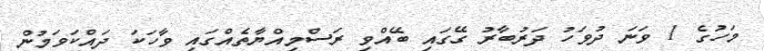
މަހުގެ 1 ވަނަ ދުވަހު ދަރުބާރު ގޭގައި ބޭއްވި ރަސްމިއްޔާތެއްގައި ވާހަކަ ދައްކަވަމުން